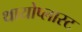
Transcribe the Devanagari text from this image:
थायोप्लास्ट